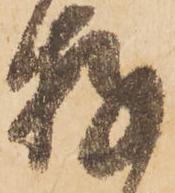
存